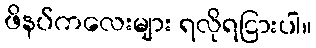
ဖိနပ်ကလေးများ ရလိုရငြားပါ။